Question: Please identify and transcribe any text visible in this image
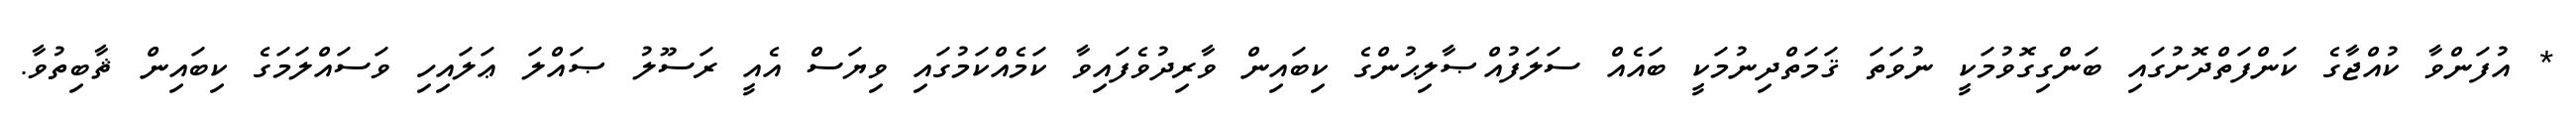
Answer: * އުފަންވާ ކުއްޖާގެ ކަންފަތްދޮށުގައި ބަންގިގޮވުމަކީ ނުވަތަ ޤަމަތްދިނުމަކީ ބައެއް ސަލަފުއްޞާލިޙުންގެ ކިބައިން ވާރިދުވެފައިވާ ކަމެއްކަމުގައި ވިޔަސް އެއީ ރަސޫލު ޞައްލަ ޢަލައިހި ވަސައްލަމަގެ ކިބައިން ޘާބިތުވާ.